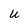
Character: U